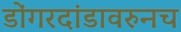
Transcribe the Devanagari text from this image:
डोंगरदांडावरुनच